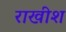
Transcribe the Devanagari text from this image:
राखीश